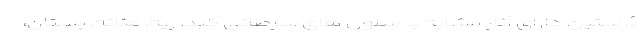
ئرستین دارای آثار مشابه بر سلول های سرطانی کبد، ریه، مثانه، پستان،